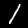
Label: 1